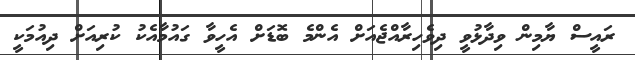
ރައީސް ޔާމިން ވިދާޅުވީ ދިވެހިރާއްޖެއަށް އެންމެ ބޮޑަށް އެހީވާ ގައުމާއެކު ކުރިއަށް ދިއުމަކީ